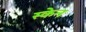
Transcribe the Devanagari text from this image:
स्‍केन